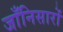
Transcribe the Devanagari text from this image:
जाँनिसारों